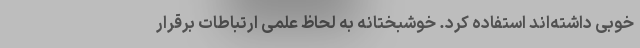
خوبی داشته‌اند استفاده کرد. خوشبختانه به لحاظ علمی ارتباطات برقرار